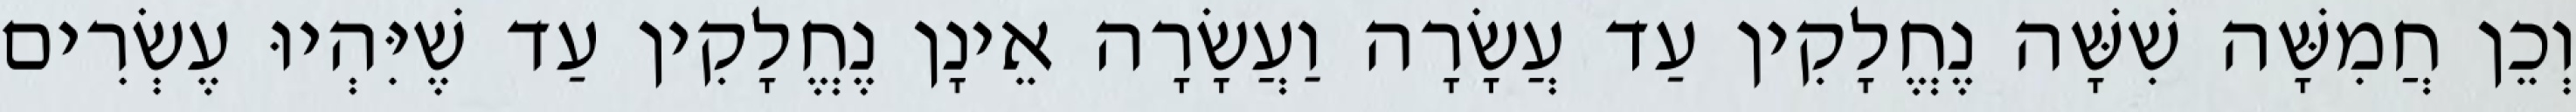
וְכֵן חֲמִשָּׁה שִׁשָּׁה נֶחֱלָקִין עַד עֲשָׂרָה וַעֲשָׂרָה אֵינָן נֶחֱלָקִין עַד שֶׁיִּהְיוּ עֶשְׂרִים